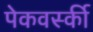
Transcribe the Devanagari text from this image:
पेकवर्स्की